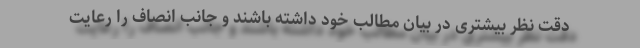
دقت نظر بیشتری در بیان مطالب خود داشته باشند و جانب انصاف را رعایت